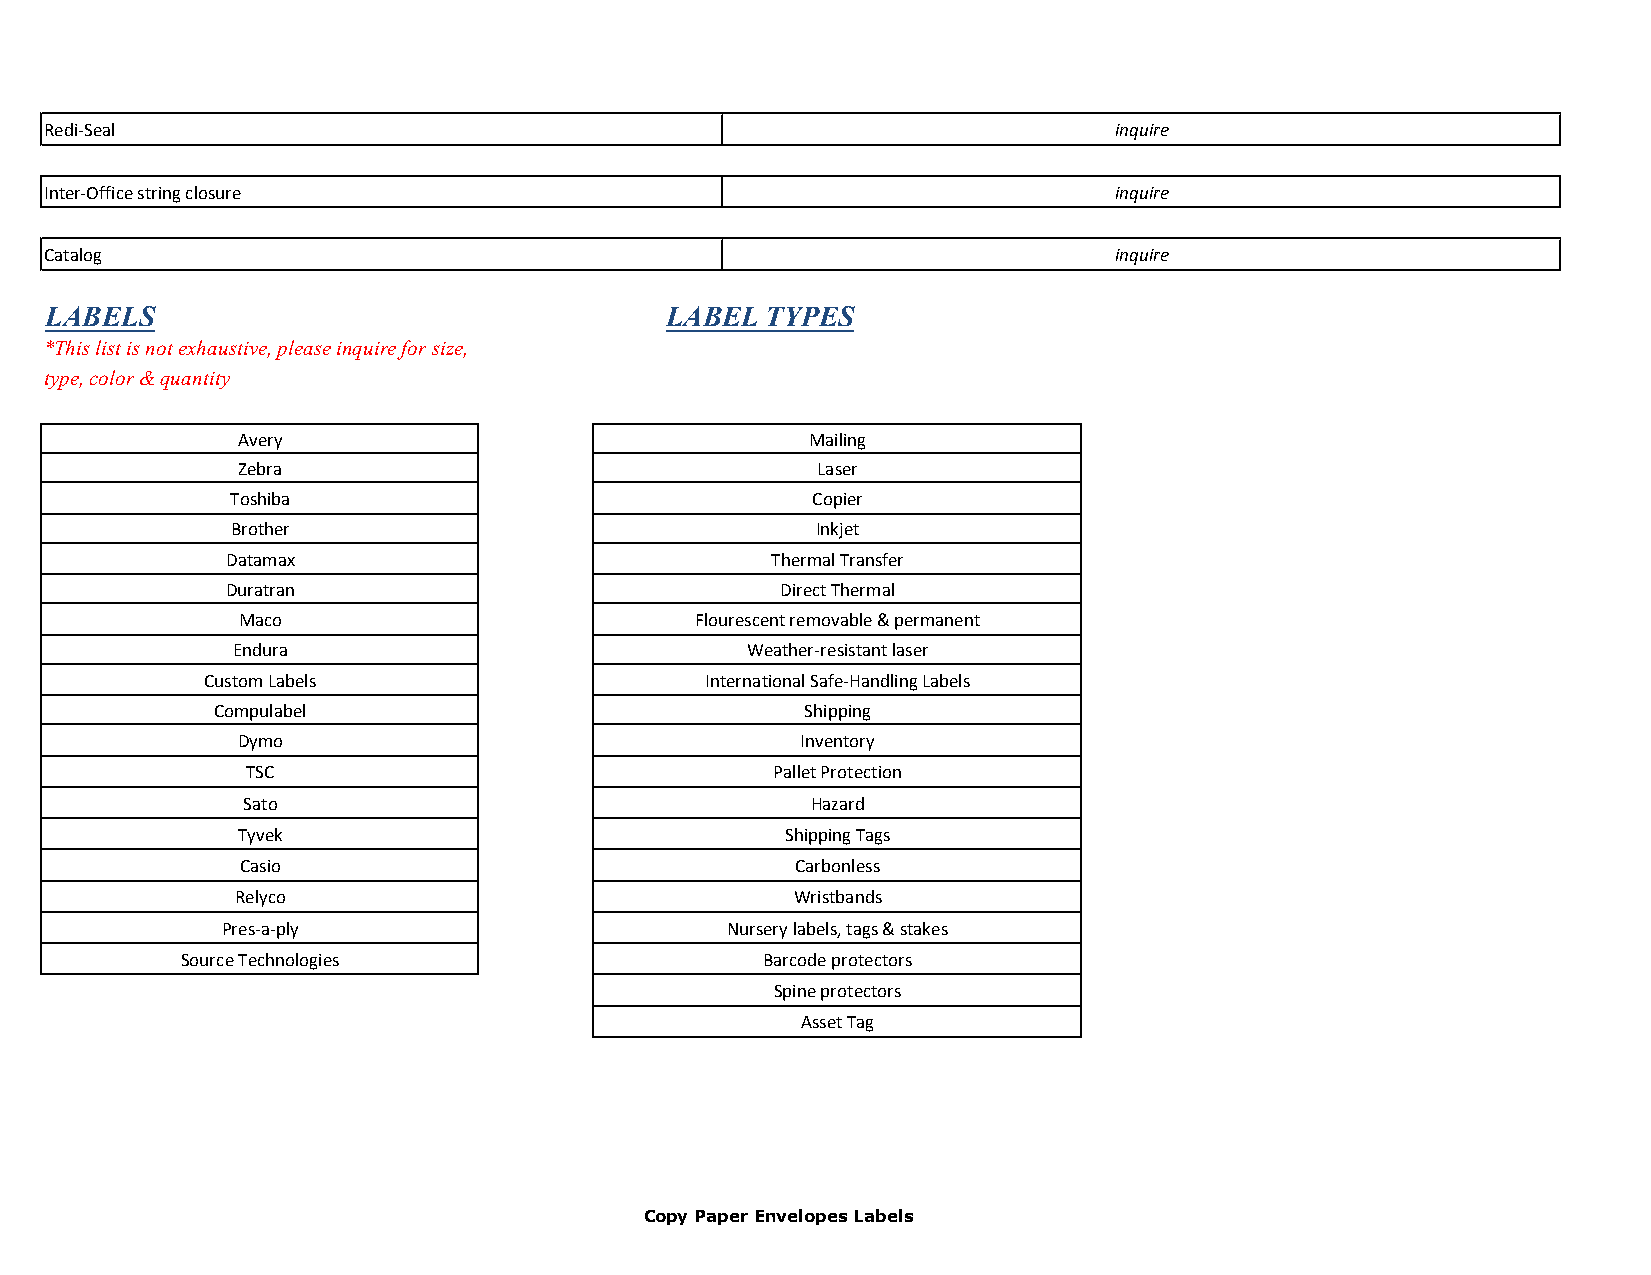
Redi-Seal                                                              inquire
 Inter-Office string closure                                            inquire
 Catalog                                                                inquire
 LABELS                                   LABEL  TYPES
 *This list is not exhaustive, please inquire for size,
 type, color & quantity
 Avery                                 Mailing
 Zebra                                 Laser
 Toshiba                                Copier
 Brother                                Inkjet
 Datamax                             Thermal Transfer
 Duratran                             Direct Thermal
 Maco                          Flourescent removable & permanent
 Endura                            Weather-resistant laser
 Custom Labels                    International Safe-Handling Labels
 Compulabel                             Shipping
 Dymo                                 Inventory
 TSC                                Pallet Protection
 Sato                                  Hazard
 Tyvek                               Shipping Tags
 Casio                                Carbonless
 Relyco                               Wristbands
 Pres-a-ply                       Nursery labels, tags & stakes
 Source Technologies                   Barcode protectors
 Spine protectors
 Asset Tag
 Copy Paper Envelopes Labels